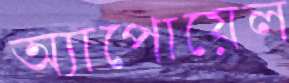
অ্যাপোয়েল